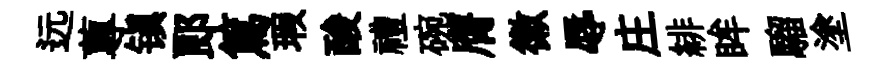
远蓴镇郎篤瑕酸禮碗膺徽辱庄緋眸騮塗